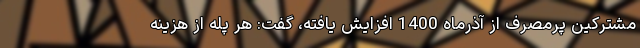
مشترکین پرمصرف از آذرماه 1400 افزایش یافته، گفت: هر پله از هزینه